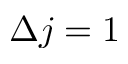
\Delta j = 1